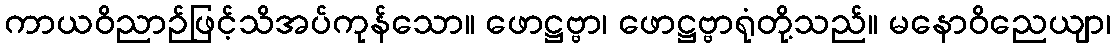
ကာယဝိညာဉ်ဖြင့်သိအပ်ကုန်သော။ ဖောဋ္ဌဗ္ဗာ၊ ဖောဋ္ဌဗ္ဗာရုံတို့သည်။ မနောဝိညေယျာ၊